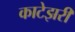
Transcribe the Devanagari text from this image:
काटेझरी